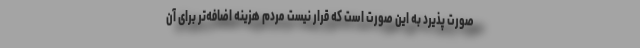
صورت پذیرد به این صورت است که قرار نیست مردم هزینه اضافه‌تر برای آن